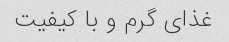
غذای گرم و با کیفیت